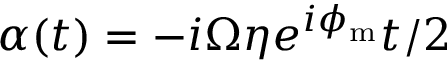
\alpha ( t ) = - i \Omega \eta e ^ { i \phi _ { \mathrm { m } } } t / 2